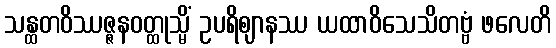
သန္ထတဝိဿဇ္ဇနဝတ္ထုသ္မိံ ဥပရိဈာနဿ ယထာဝိသေသိတဗ္ဗံ ဖလေတိ